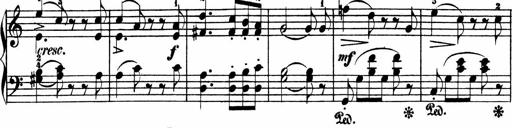
Title: 3 Sonatinen
Composer: Heinrich Lichner